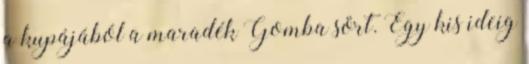
a kupájából a maradék Gomba sört. Egy kis ideig